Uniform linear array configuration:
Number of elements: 12
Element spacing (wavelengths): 0.75
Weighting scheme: cosine
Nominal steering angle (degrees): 30
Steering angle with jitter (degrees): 30.991
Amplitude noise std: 0.05
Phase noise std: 0.05

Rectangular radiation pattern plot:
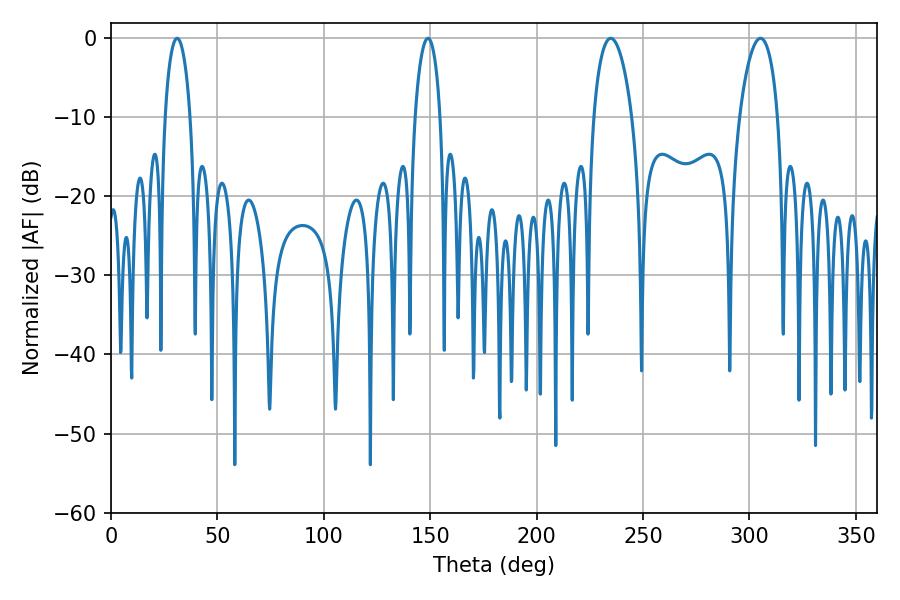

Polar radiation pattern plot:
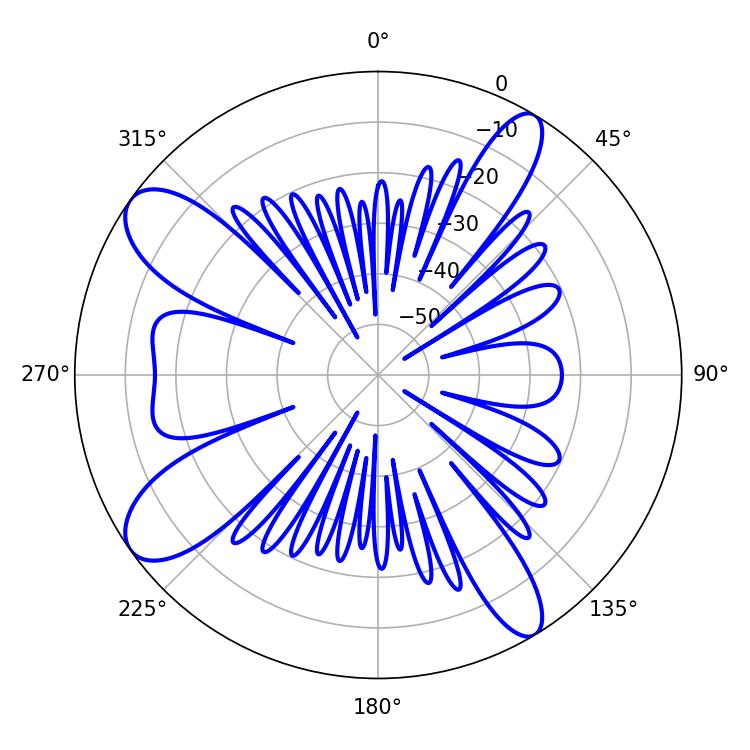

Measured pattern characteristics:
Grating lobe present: TRUE
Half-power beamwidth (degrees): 10.26
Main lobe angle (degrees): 234.9